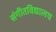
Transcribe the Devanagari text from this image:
संगीतविद्यालय